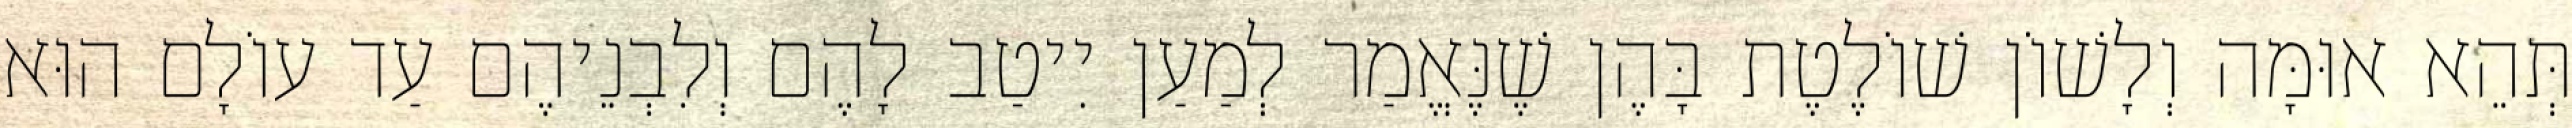
תְּהֵא אוּמָּה וְלָשׁוֹן שׁוֹלֶטֶת בָּהֶן שֶׁנֶּאֱמַר לְמַעַן יִיטַב לָהֶם וְלִבְנֵיהֶם עַד עוֹלָם הוּא